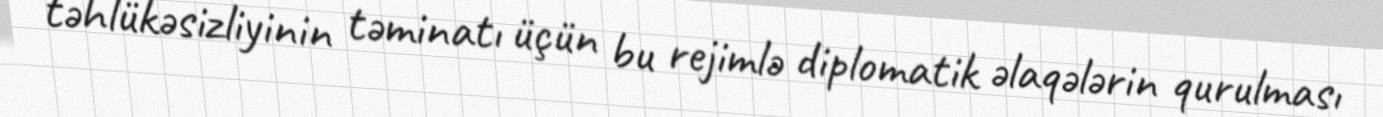
təhlükəsizliyinin təminatı üçün bu rejimlə diplomatik əlaqələrin qurulması